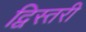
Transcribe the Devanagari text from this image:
द्विस्तरी